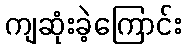
ကျဆုံးခဲ့ကြောင်း